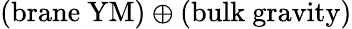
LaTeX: (\mathrm{brane\ YM})\oplus(\mathrm{bulk\ gravity})